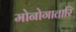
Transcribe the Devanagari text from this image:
मोनोगातारि